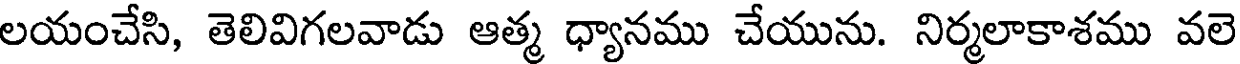
లయంచేసి, తెలివిగలవాడు ఆత్మ ధ్యానము చేయును. నిర్మలాకాశము వలె